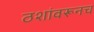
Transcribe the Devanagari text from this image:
ठशांवरूनच